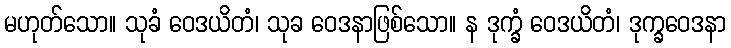
မဟုတ်သော။ သုခံ ဝေဒယိတံ၊ သုခ ဝေဒနာဖြစ်သော။ န ဒုက္ခံ ဝေဒယိတံ၊ ဒုက္ခဝေဒနာ